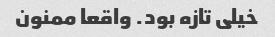
خیلی تازه بود. واقعا ممنون